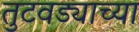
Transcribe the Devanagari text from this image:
तुटवड्याच्या